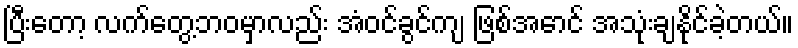
ပြီးတော့ လက်တွေ့ဘဝမှာလည်း အံဝင်ခွင်ကျ ဖြစ်အောင် အသုံးချနိုင်ခဲ့တယ်။